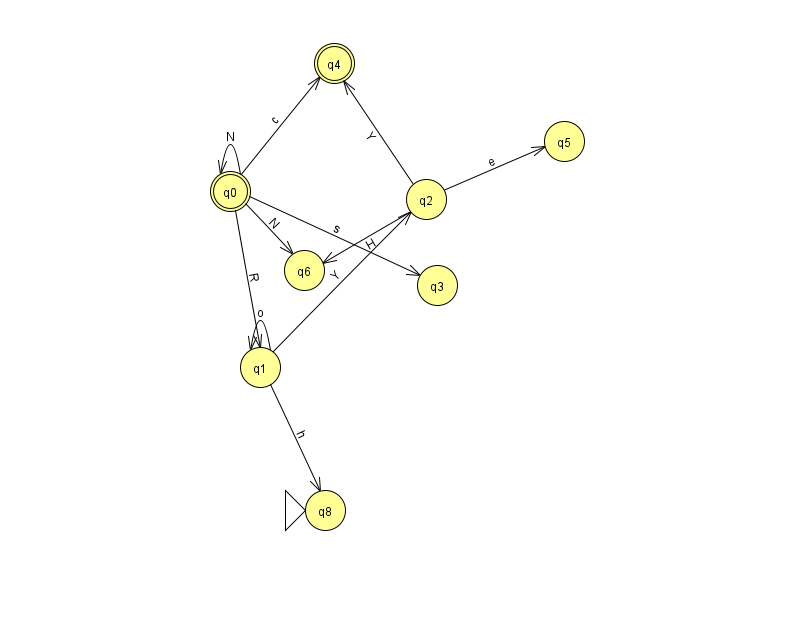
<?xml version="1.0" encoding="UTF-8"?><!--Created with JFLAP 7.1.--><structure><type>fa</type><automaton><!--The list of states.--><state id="0" name="q0"><x>230.0</x><y>178.0</y><final/></state><state id="1" name="q1"><x>260.0</x><y>354.0</y></state><state id="2" name="q2"><x>426.0</x><y>186.0</y></state><state id="3" name="q3"><x>437.0</x><y>272.0</y></state><state id="4" name="q4"><x>334.0</x><y>50.0</y><final/></state><state id="5" name="q5"><x>564.0</x><y>128.0</y></state><state id="6" name="q6"><x>304.0</x><y>257.0</y></state><state id="8" name="q8"><x>325.0</x><y>497.0</y><initial/></state><!--The list of transitions.--><transition><from>1</from><to>2</to><read>Y</read></transition><transition><from>0</from><to>3</to><read>s</read></transition><transition><from>0</from><to>6</to><read>N</read></transition><transition><from>2</from><to>6</to><read>H</read></transition><transition><from>0</from><to>4</to><read>c</read></transition><transition><from>1</from><to>8</to><read>h</read></transition><transition><from>2</from><to>5</to><read>e</read></transition><transition><from>2</from><to>4</to><read>Y</read></transition><transition><from>0</from><to>1</to><read>R</read></transition><transition><from>0</from><to>0</to><read>N</read></transition><transition><from>1</from><to>1</to><read>o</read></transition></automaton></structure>